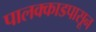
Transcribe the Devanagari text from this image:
पालक्काडपासून